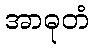
အာဓုတံ